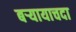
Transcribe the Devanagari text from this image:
बऱ्यायाचदा